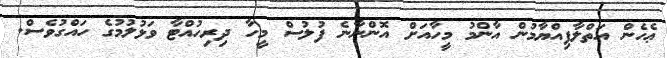
ޢެހެން އަތްލާފިއްޔާމުން އާންމު މީހާއަަށް އޮންނާނެ ފުލުސް މީހާ ދިރިހުއްޓާ ވަޅުލުމުގެ ހައްގުވެސް.